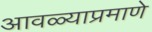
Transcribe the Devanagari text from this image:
आवळ्याप्रमाणे